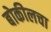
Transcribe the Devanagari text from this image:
बोकीलचा